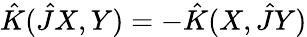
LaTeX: \hat{K}(\hat{J}X,Y)=-\hat{K}(X,\hat{J}Y)